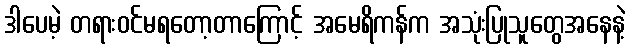
ဒါပေမဲ့ တရားဝင်မရတော့တာကြောင့် အမေရိကန်က အသုံးပြုသူတွေအနေနဲ့